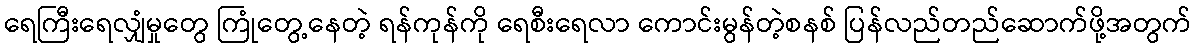
ရေကြီးရေလျှံမှုတွေ ကြုံတွေ့နေတဲ့ ရန်ကုန်ကို ရေစီးရေလာ ကောင်းမွန်တဲ့စနစ် ပြန်လည်တည်ဆောက်ဖို့အတွက်